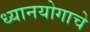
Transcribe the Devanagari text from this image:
ध्यानयोगाचे